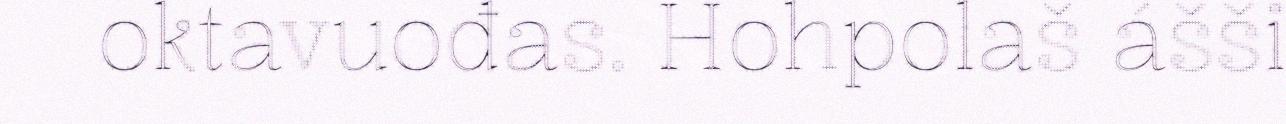
oktavuođas. Hohpolaš ášši